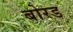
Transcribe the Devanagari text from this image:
बोरड